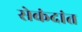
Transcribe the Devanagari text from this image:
सेकंदांत